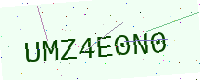
Text: UMZ4E0N0